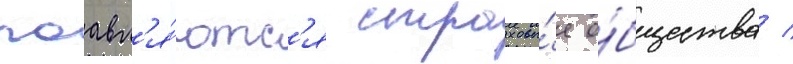
поавл'я́ютс'я страховы́е о́бщества /